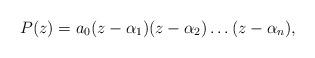
LaTeX: \begin{align*}P(z)=a_{0}(z-\alpha_{1})(z-\alpha_{2})\ldots(z-\alpha_{n}),\end{align*}